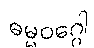
ဓမ္မဝဂ္ဂေါ